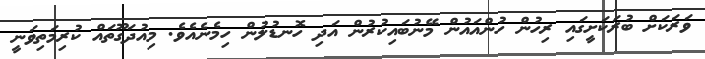
ވަރަކަށް ބުރަކަށީގައި ރިހުން ހުންއައުން މޭނުބައިކުރުން އަދި ހޮނޑުލުން ހިމެނެއެވެ. މިއުދަގޫތައް ކުރިމަތިވަނީ